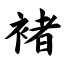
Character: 褚